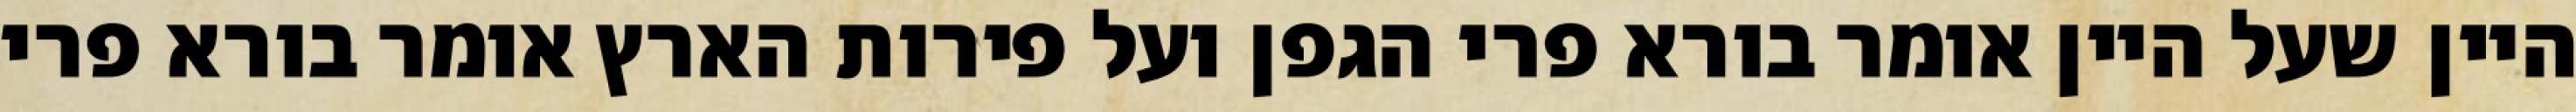
היין שעל היין אומר בורא פרי הגפן ועל פירות הארץ אומר בורא פרי